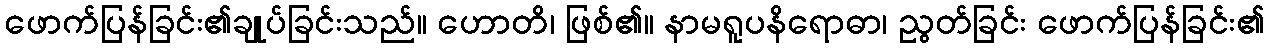
ဖောက်ပြန်ခြင်း၏ချုပ်ခြင်းသည်။ ဟောတိ၊ ဖြစ်၏။ နာမရူပနိရောဓာ၊ ညွတ်ခြင်း ဖောက်ပြန်ခြင်း၏